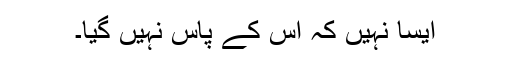
ایسا نہیں کہ اُس کے پاس نہیں گیا۔